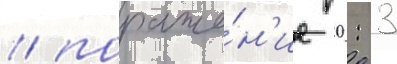
/ пораже́н'ие 0: 3